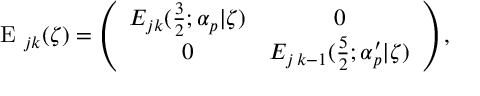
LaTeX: { \mathrm { \boldmath ~ E ~ } } _ { j k } ( \zeta ) = \left( \begin{array} { c c } { { E _ { j k } ( \frac { 3 } { 2 } ; \alpha _ { p } | \zeta ) } } & { { 0 } } \\ { { 0 } } & { { E _ { j \, k - 1 } ( \frac { 5 } { 2 } ; \alpha _ { p } ^ { \prime } | \zeta ) } } \end{array} \right) ,